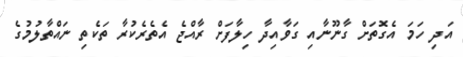
އަދި ހަމަ އެގޮތަށް ގާނޫނާއި ގަވާއިދާ ހިލާފަށް ރާއްޖެ އެތެރެކުރާ ތަކެތި ނައްތާލުމުގެ